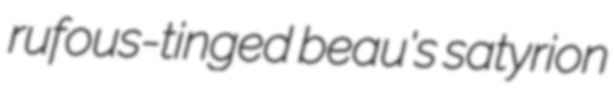
rufous-tinged beau's satyrion